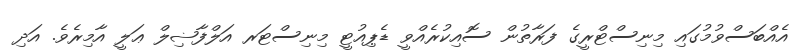
އެއްބަސްވުމުގައި މިނިސްޓްރީގެ ފަރާތުން ސޮއިކުރެއްވީ ޑެޕިއުޓީ މިނިސްޓަރ އަލްފާޟިލް ޢަލީ އާމިރެވެ. އަދި